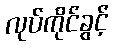
လုပ်ကိုင်ခွင့်